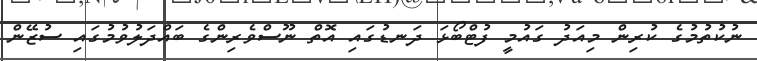
ނުކުތުމުގެ ކުރިން މިއަދު ގައުމީ ފުޓްބޯޅަ ދަނޑުގައި އޮތް ނޫސްވެރިންގެ ބައްދަލުވުމުގައި ސުޒޭން